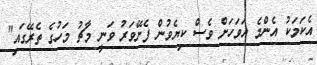
އެކަމަކު އެންމެ އަވަހަށް ވެސް ކިޔެވުން ފެށޭވަރު ވަނީ މާޗު މަހުގެ ތެރޭގައި"